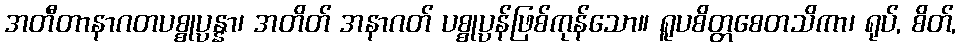
အတီတာနာဂတပစ္စုပ္ပန္နာ၊ အတိတ် အနာဂတ် ပစ္စုပ္ပန်ဖြစ်ကုန်သော။ ရူပစိတ္တစေတသိကာ၊ ရုပ်, စိတ်,